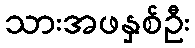
သားအဖနှစ်ဦး